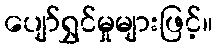
ပျော်ရွှင်မှုများဖြင့်။